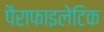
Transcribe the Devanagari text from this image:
पैराफाइलेटिक